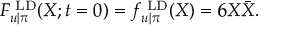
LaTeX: { \cal F } _ { u | \pi } ^ { \mathrm { \footnotesize ~ L D } } ( X ; t = 0 ) = f _ { u | \pi } ^ { \mathrm { \footnotesize ~ L D } } ( X ) = 6 X \bar { X } .